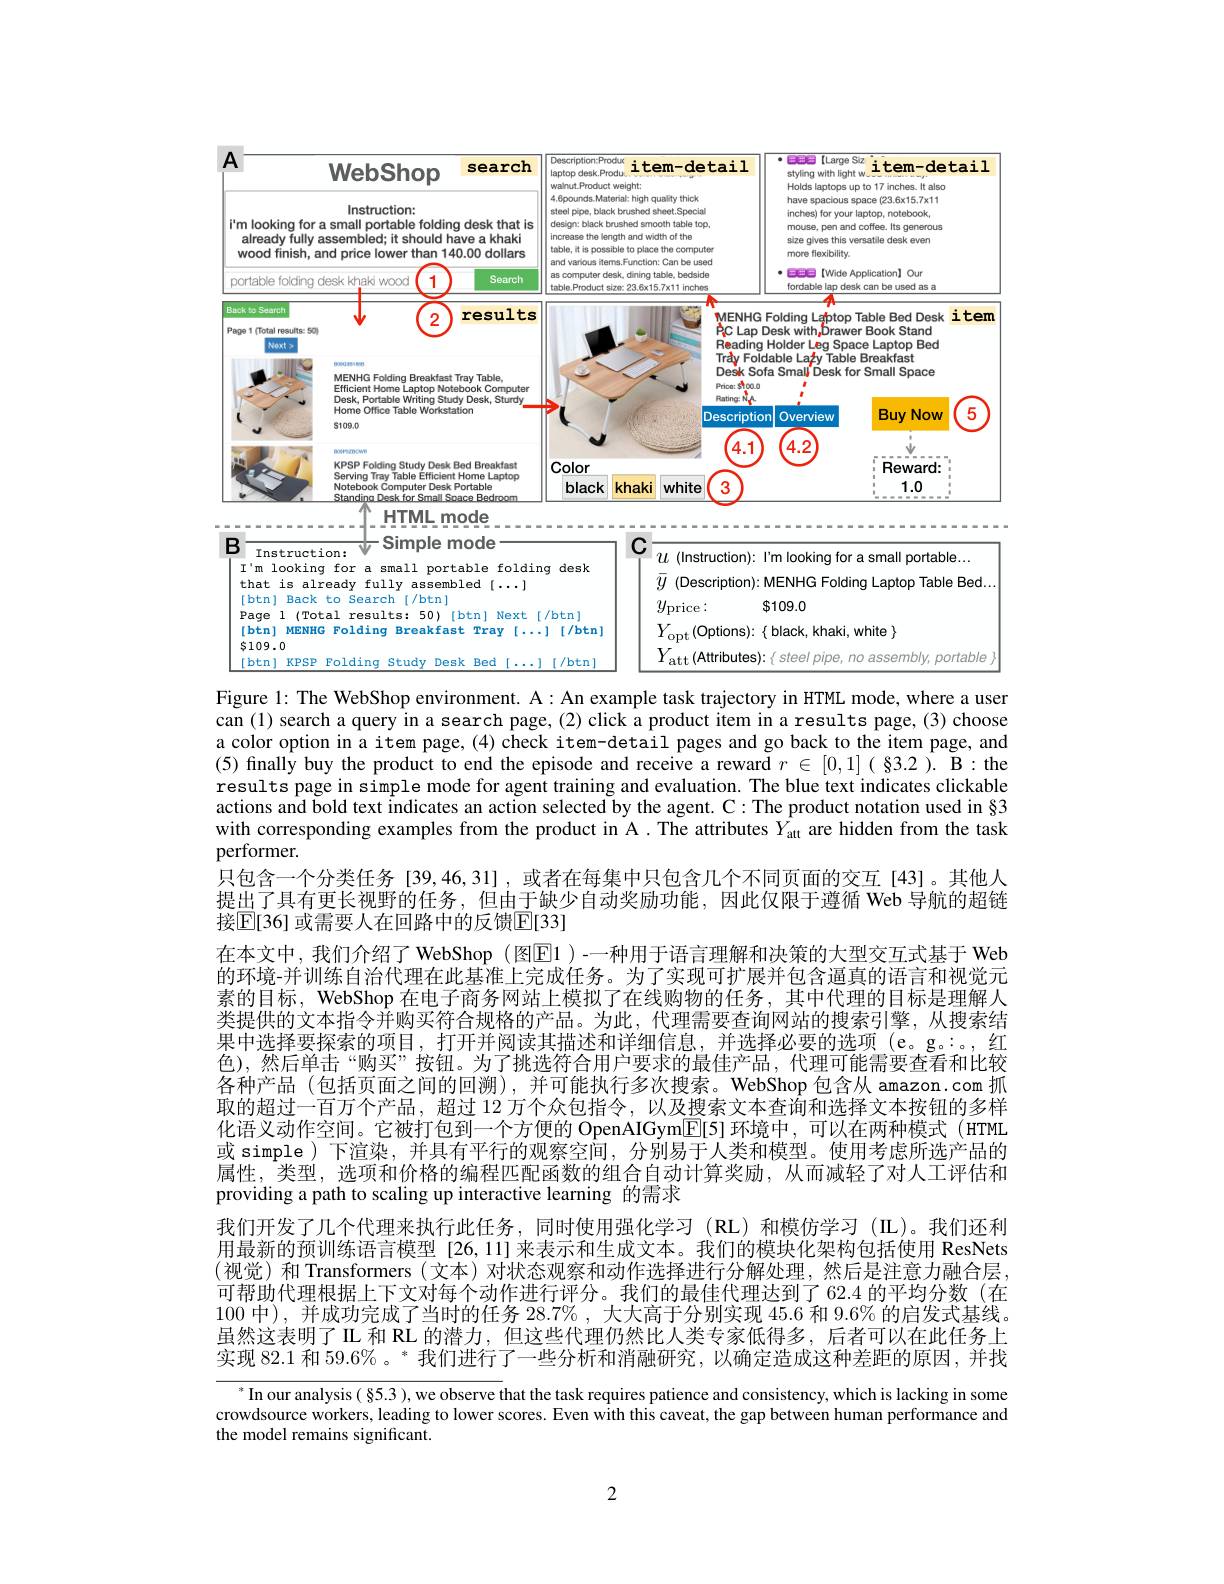
<FigureHere>

Figure 1: The WebShop environment. A: An example task trajectory in HTML mode, where a user can (1) search a query in a search page, (2) click a product item in a results page, (3) choose a color option in a item page, (4) check item-detail pages and go back to the item page, and (5) finally buy the product to end the episode and receive a reward $r\in[0,1]($ §3.2 ). B:the results page in simple mode for agent training and evaluation. The blue text indicates clickable actions and bold text indicates an action selected by the agent. C: The product notation used in §3 with corresponding examples from the product in A. The attributes $Y_\mathrm{att}$ are hidden from the task performer.
只包含一个分类任务 [39,46,31] ,或者在每集中只包含几个不同页面的交互[43]。其他人提出了具有更长视野的任务，但由于缺少自动奖励功能，因此仅限于遵循 Web 导航的超链接$\mathbb{E}[36]$ 或需要人在回路中的反馈$\mathbb{E}[33]$
在本文中，我们介绍了 WebShop (图$\boxed{\mathrm{F}}1$ )-一种用于语言理解和决策的大型交互式基于 Web 的环境-并训练自治代理在此基准上完成任务。为了实现可扩展并包含逼真的语言和视觉元素的目标，WebShop 在电子商务网站上模拟了在线购物的任务，其中代理的目标是理解人类提供的文本指令并购买符合规格的产品。为此，代理需要查询网站的搜索引擎，从搜索结果中选择要探索的项目，打开并阅读其描述和详细信息，并选择必要的选项(e。g。:。,红色),然后单击“购买”按钮。为了挑选符合用户要求的最佳产品，代理可能需要查看和比较各种产品 (包括页面之间的回溯),并可能执行多次搜索。WebShop 包含从 amazon.com 抓取的超过一百万个产品，超过 12 万个众包指令，以及搜索文本查询和选择文本按钮的多样化语义动作空间。它被打包到一个方便的 OpenAIGym[E[5] 环境中，可以在两种模式 (HTML 或 simple)下渲染，并具有平行的观察空间，分别易于人类和模型。使用考虑所选产品的属性，类型，选项和价格的编程匹配函数的组合自动计算奖励，从而减轻了对人工评估和providing a path to scaling up interactive learning 的需求
我们开发了几个代理来执行此任务，同时使用强化学习(RL)和模仿学习(L)。我们还利用最新的预训练语言模型[26,11] 来表示和生成文本。我们的模块化架构包括使用 ResNets (视觉)和 Transformers(文本)对状态观察和动作选择进行分解处理，然后是注意力融合层， 可帮助代理根据上下文对每个动作进行评分。我们的最佳代理达到了 62.4 的平均分数 (在100中),并成功完成了当时的任务 28.7% , 大大高于分别实现 45.6 和 9.6% 的启发式基线。虽然这表明了 IL 和 RL 的潜力，但这些代理仍然比人类专家低得多，后者可以在此任务上实现 82.1 和 59.6% 。* 我们进行了一些分析和消融研究 , 以确定造成这种差距的原因 ,并找
$^*$In our analysis( §5.3 ), we observe that the task requires patience and consistency, which is lacking in some

crowdsource workers, leading to lower scores. Even with this caveat, the gap between human performance and
the model remains significant.

2